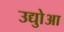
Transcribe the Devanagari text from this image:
उद्योुआ